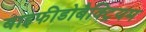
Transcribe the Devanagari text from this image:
बाइफीडोबैक्ट्रियम